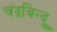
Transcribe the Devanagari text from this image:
चंद्रबिन्दु